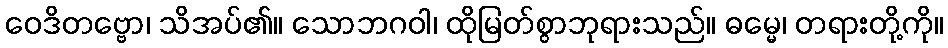
ဝေဒိတဗ္ဗော၊ သိအပ်၏။ သောဘဂဝါ၊ ထိုမြတ်စွာဘုရားသည်။ ဓမ္မေ၊ တရားတို့ကို။